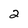
Character: 2